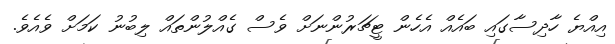
އިއްޔެ ހާދިސާގައި ބައެއް އެހެން ޓީޗަރުންނަށް ވެސް ގެއްލުންތައް ލިބުނު ކަމަށް ވެއެވެ.